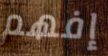
إفهم